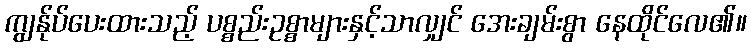
ကျွန်ုပ်ပေးထားသည့် ပစ္စည်းဥစ္စာများနှင့်သာလျှင် အေးချမ်းစွာ နေထိုင်လေ၏။